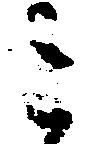
ミ